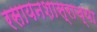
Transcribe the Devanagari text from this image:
रसायनशास्राच्या